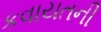
કવાયતની